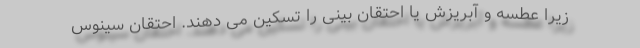
زیرا عطسه و آبریزش یا احتقان بینی را تسکین می دهند. احتقان سینوس